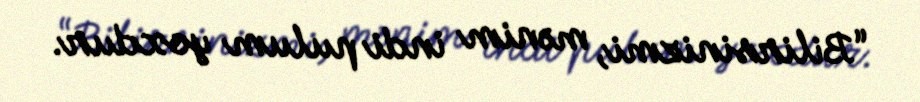
“Bilirsinizmi, mənim indi pulum yoxdur.